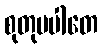
စုတုပပါတေ